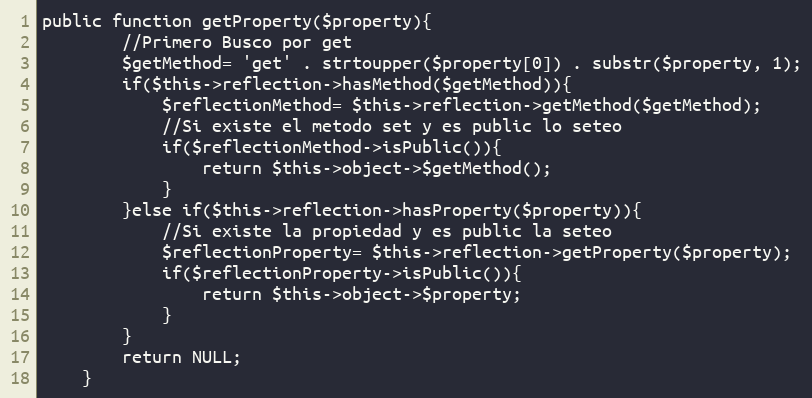
Language: PHP
public function getProperty($property){
        //Primero Busco por get
        $getMethod= 'get' . strtoupper($property[0]) . substr($property, 1);
        if($this->reflection->hasMethod($getMethod)){
            $reflectionMethod= $this->reflection->getMethod($getMethod);
            //Si existe el metodo set y es public lo seteo
            if($reflectionMethod->isPublic()){
                return $this->object->$getMethod();
            }
        }else if($this->reflection->hasProperty($property)){
            //Si existe la propiedad y es public la seteo
            $reflectionProperty= $this->reflection->getProperty($property);
            if($reflectionProperty->isPublic()){
                return $this->object->$property;
            }
        }
        return NULL;
    }